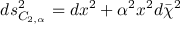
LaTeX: d s _ { C _ { 2 , \alpha } } ^ { 2 } = d x ^ { 2 } + \alpha ^ { 2 } x ^ { 2 } d \bar { \chi } ^ { 2 }